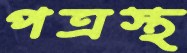
পত্রস্থ